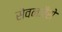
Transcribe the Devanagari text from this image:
सेवनजैसे